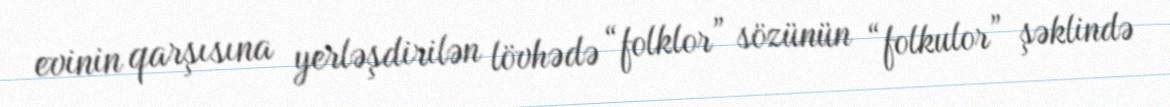
evinin qarşısına yerləşdirilən lövhədə “folklor” sözünün “folkulor” şəklində